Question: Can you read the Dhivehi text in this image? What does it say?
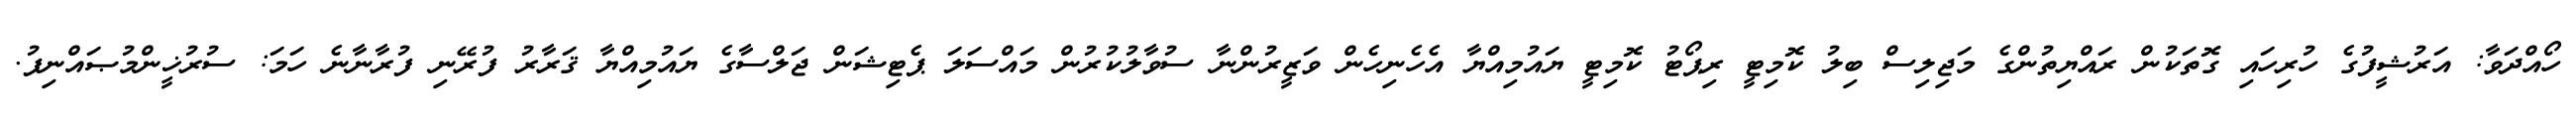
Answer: ހޯއްދަވާ: އަރުޝީފުގެ ހުރިހައި ގޮތަކުން ރައްޔިތުންގެ މަޖިލިސް ބިލު ކޮމިޓީ ރިޕޯޓު ކޮމިޓީ ޔައުމިއްޔާ އެހެނިހެން ވަޒީރުންނާ ސުވާލުކުރުން މައްސަލަ ޕެޓިޝަން ޖަލްސާގެ ޔައުމިއްޔާ ޤަރާރު ފުރޭނި ފުރާނާނެ ހަމަ: ސުރުޚީންމުޞައްނިފު.